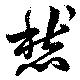
愁